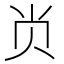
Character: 𭕆